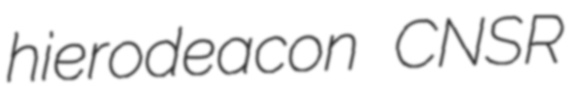
hierodeacon CNSR